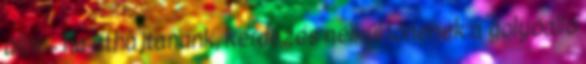
állni – ha áthajtanánk, kérdezés nélkül lőnének a golyóálló